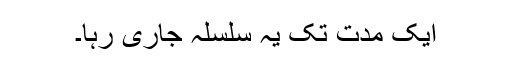
ایک مدّت تک یہ سلسلہ جاری رہا۔